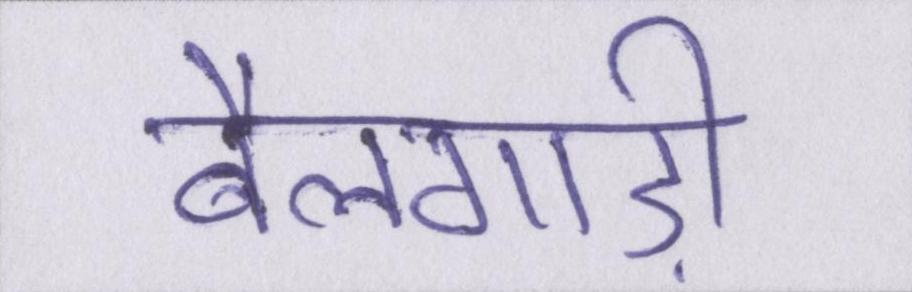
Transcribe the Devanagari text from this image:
बैलगाड़ी